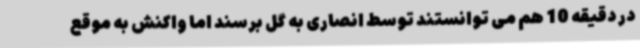
در دقیقه 10 هم می توانستند توسط انصاری به گل برسند اما واکنش به موقع